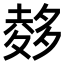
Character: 𪤽